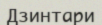
Дзинтари